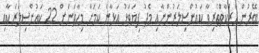
ބޭރުން ހަރަކާތްތެރިވާ ކައުންސިލަރުންނާއި މެދު ފިޔަވަޅު އަޅާނެ ކަމަށާ މިހާތަނަށް 22 ކައުންސިލަރަކާއި